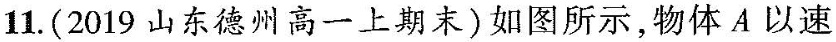
11.(2019山东德州高一上期末)如图所示，物体A以速